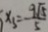
x _ { 3 } = - \frac { 9 \sqrt { 5 } } { 5 }